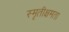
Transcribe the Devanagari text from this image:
स्मृतीक्षमता